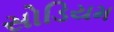
સોડિયમ